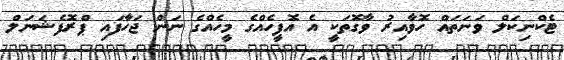
ޓެކްނިކަލް ވަނަތައް ހޮވާއިރު ވާގޮތަކީ އެ އޮފީހެއްގެ މީހެއްގެ ނަން ޖަހާފައި ޕްރޮފެޝަނަލް